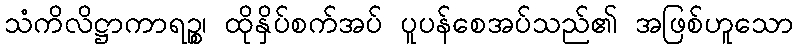
သံကိလိဋ္ဌာကာရဉ္စ၊ ထိုနှိပ်စက်အပ် ပူပန်စေအပ်သည်၏ အဖြစ်ဟူသော